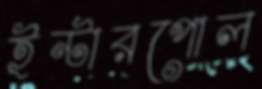
ইন্টারপোল